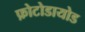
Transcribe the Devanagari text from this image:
फ़ोटोडायोड